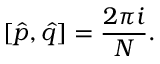
[ \hat { p } , \hat { q } ] = \frac { 2 \pi i } { N } .